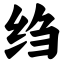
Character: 绉